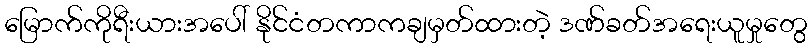
မြောက်ကိုရီးယားအပေါ် နိုင်ငံတကာကချမှတ်ထားတဲ့ ဒဏ်ခတ်အရေးယူမှုတွေ